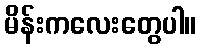
မိန်းကလေးတွေပါ။